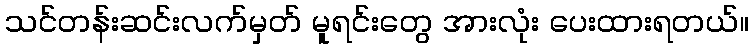
သင်တန်းဆင်းလက်မှတ် မူရင်းတွေ အားလုံး ပေးထားရတယ်။